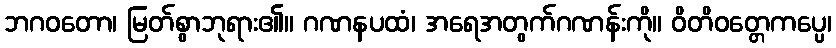
ဘဂဝတော၊ မြတ်စွာဘုရား၏။ ဂဏနပထံ၊ အရေအတွက်ဂဏန်းကို။ ဝိတိဝတ္တေကပ္ပေ၊